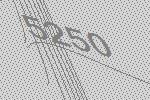
5250